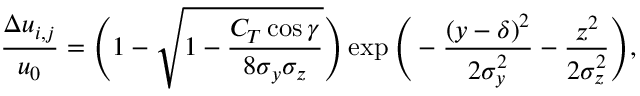
\frac { \Delta u _ { i , j } } { u _ { 0 } } = \Bigg ( 1 - \sqrt { 1 - \frac { C _ { T } \cos { \gamma } } { 8 \sigma _ { y } \sigma _ { z } } } \Bigg ) \exp { \Bigg ( - \frac { ( y - \delta ) ^ { 2 } } { 2 \sigma _ { y } ^ { 2 } } - \frac { z ^ { 2 } } { 2 \sigma _ { z } ^ { 2 } } \Bigg ) } ,